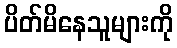
ပိတ်မိနေသူများကို